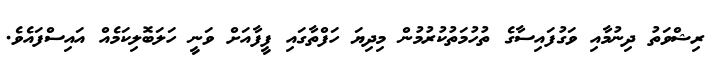
ރިޝްވަތު ދިނުމާއި ވަގުފައިސާގެ ތުހުމަތުކުރުމުން މިދިޔަ ހަފްތާގައި ފީފާއަށް ވަނީ ހަލަބޮލިކަމެއް އައިސްފައެވެ.